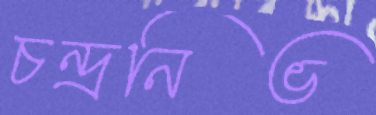
চন্দ্রনিভ